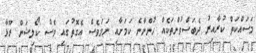
މަސައްކަތް ކުރާއިރު ދެބަސްވުންތަކެއް ހުންނާނެ ކަމަށާއި ނަމަވެސް އެގޮތުގައި ވެސް ކޯލިޝަން ރޫޅާ